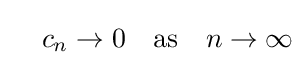
\quad c_{n}\rightarrow 0\quad {\text{as}}\quad n\to \infty